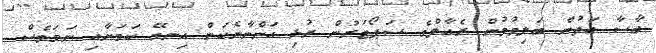
ބާސާ އަތުން ބަލިވުމުން ރެއާލްގެ ސަޕޯޓަރުން ރުޅި އަންނާނެކަން އިނގޭ ކަމަށާއި ނަމަވެސް